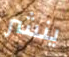
ينشر